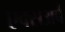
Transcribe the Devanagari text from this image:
एक्सअर्ब